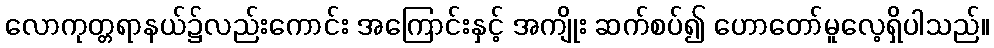
လောကုတ္တရာနယ်၌လည်းကောင်း အကြောင်းနှင့် အကျိုး ဆက်စပ်၍ ဟောတော်မူလေ့ရှိပါသည်။